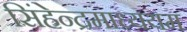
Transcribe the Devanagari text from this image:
सिंहेन्द्रमाध्ययम